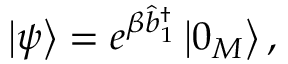
\left\vert \psi \right\rangle = e ^ { \beta \hat { b } _ { 1 } ^ { \dagger } } \left\vert 0 _ { M } \right\rangle ,